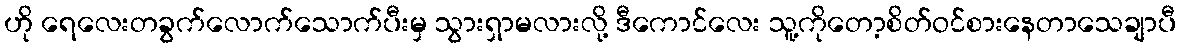
ဟို ရေလေးတခွက်လောက်သောက်ပီးမှ သွားရှာမလားလို့ ဒီကောင်လေး သူ့ကိုတော့စိတ်ဝင်စားနေတာသေချာပီ